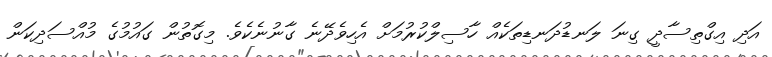
އަދި އިގްތިސާދީ ގިނަ ލަނޑުދަނޑިތަކެއް ހާސިލްކުރުމަށް އެހިވެދޭނެ ގާނުނެކެވެ. މިގޮތުން ގައުމުގެ މުއްސަދިކަން